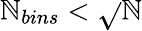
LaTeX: \mathbb{N}_{bins}<\sqrt{}{{\mathbb{N}}}